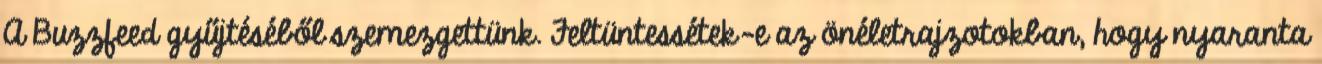
A Buzzfeed gyűjtéséből szemezgettünk. Feltüntessétek-e az önéletrajzotokban, hogy nyaranta